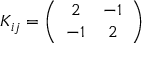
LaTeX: K _ { i j } = \left( \begin{array} { c c } { { 2 } } & { { - 1 } } \\ { { - 1 } } & { { 2 } } \end{array} \right)